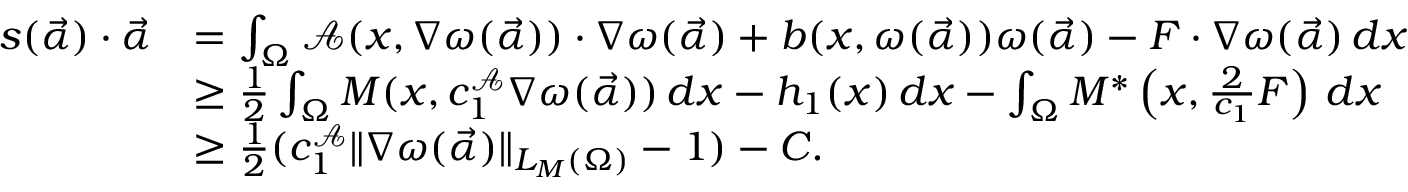
\begin{array} { r l } { s ( \vec { \alpha } ) \cdot \vec { \alpha } } & { = \int _ { \Omega } { \mathcal { A } } ( x , \nabla \omega ( \vec { \alpha } ) ) \cdot \nabla \omega ( \vec { \alpha } ) + b ( x , \omega ( \vec { \alpha } ) ) \omega ( \vec { \alpha } ) - F \cdot \nabla \omega ( \vec { \alpha } ) \, d x } \\ & { \geq \frac { 1 } { 2 } \int _ { \Omega } M ( x , c _ { 1 } ^ { \mathcal { A } } \nabla \omega ( \vec { \alpha } ) ) \, d x - h _ { 1 } ( x ) \, d x - \int _ { \Omega } M ^ { \ast } \left( x , \frac { 2 } { c _ { 1 } } F \right) \, d x } \\ & { \geq \frac { 1 } { 2 } ( c _ { 1 } ^ { \mathcal { A } } \| \nabla \omega ( \vec { \alpha } ) \| _ { L _ { M } ( \Omega ) } - 1 ) - C . } \end{array}